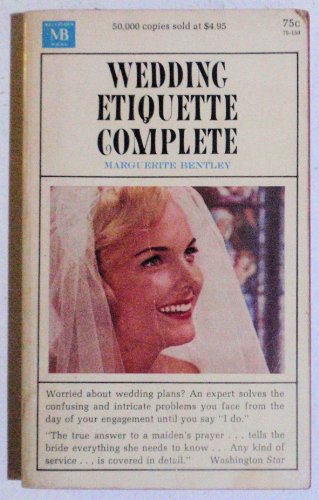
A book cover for Wedding etiquette complete; Marguerite Bentley; Crafts, Hobbies & Home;